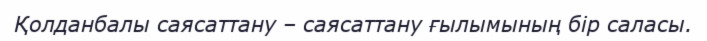
Қолданбалы саясаттану – саясаттану ғылымының бір саласы.